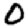
Digit: 0